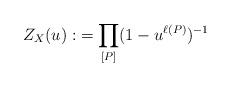
LaTeX: \begin{align*}Z_{X}(u) :&= \prod_{[P]}(1-u^{\ell(P)})^{-1} \end{align*}